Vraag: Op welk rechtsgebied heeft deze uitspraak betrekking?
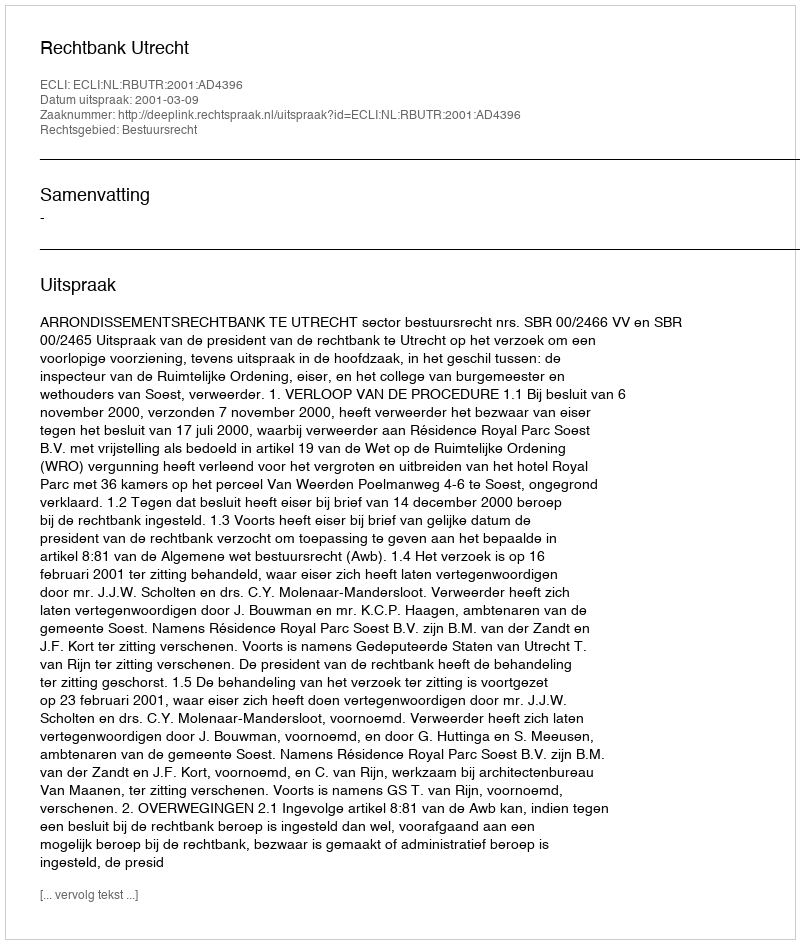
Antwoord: Bestuursrecht